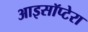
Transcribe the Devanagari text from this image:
आइसॉप्टेरा